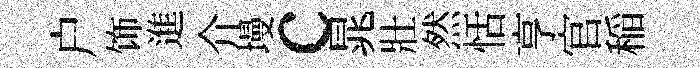
户饰進介墁c晁壯然恬亨官稲